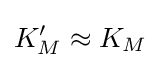
K_{M}^{\prime }\approx K_{M}